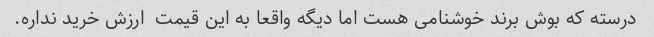
درسته که بوش برند خوشنامی هست اما دیگه واقعا به این قیمت  ارزش خرید نداره.